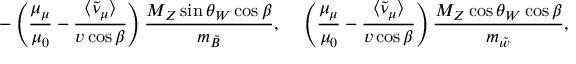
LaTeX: - \left( { \frac { \mu _ { \mu } } { \mu _ { 0 } } } - { \frac { \langle \tilde { \nu } _ { \mu } \rangle } { v \cos \beta } } \right) { \frac { M _ { Z } \sin \theta _ { W } \cos \beta } { m _ { \tilde { B } } } } , ~ ~ ~ \left( { \frac { \mu _ { \mu } } { \mu _ { 0 } } } - { \frac { \langle \tilde { \nu } _ { \mu } \rangle } { v \cos \beta } } \right) { \frac { M _ { Z } \cos \theta _ { W } \cos \beta } { m _ { \tilde { w } } } } ,